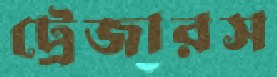
ট্রেজারস